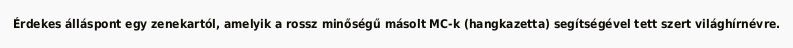
Érdekes álláspont egy zenekartól, amelyik a rossz minőségű másolt MC-k (hangkazetta) segítségével tett szert világhírnévre.